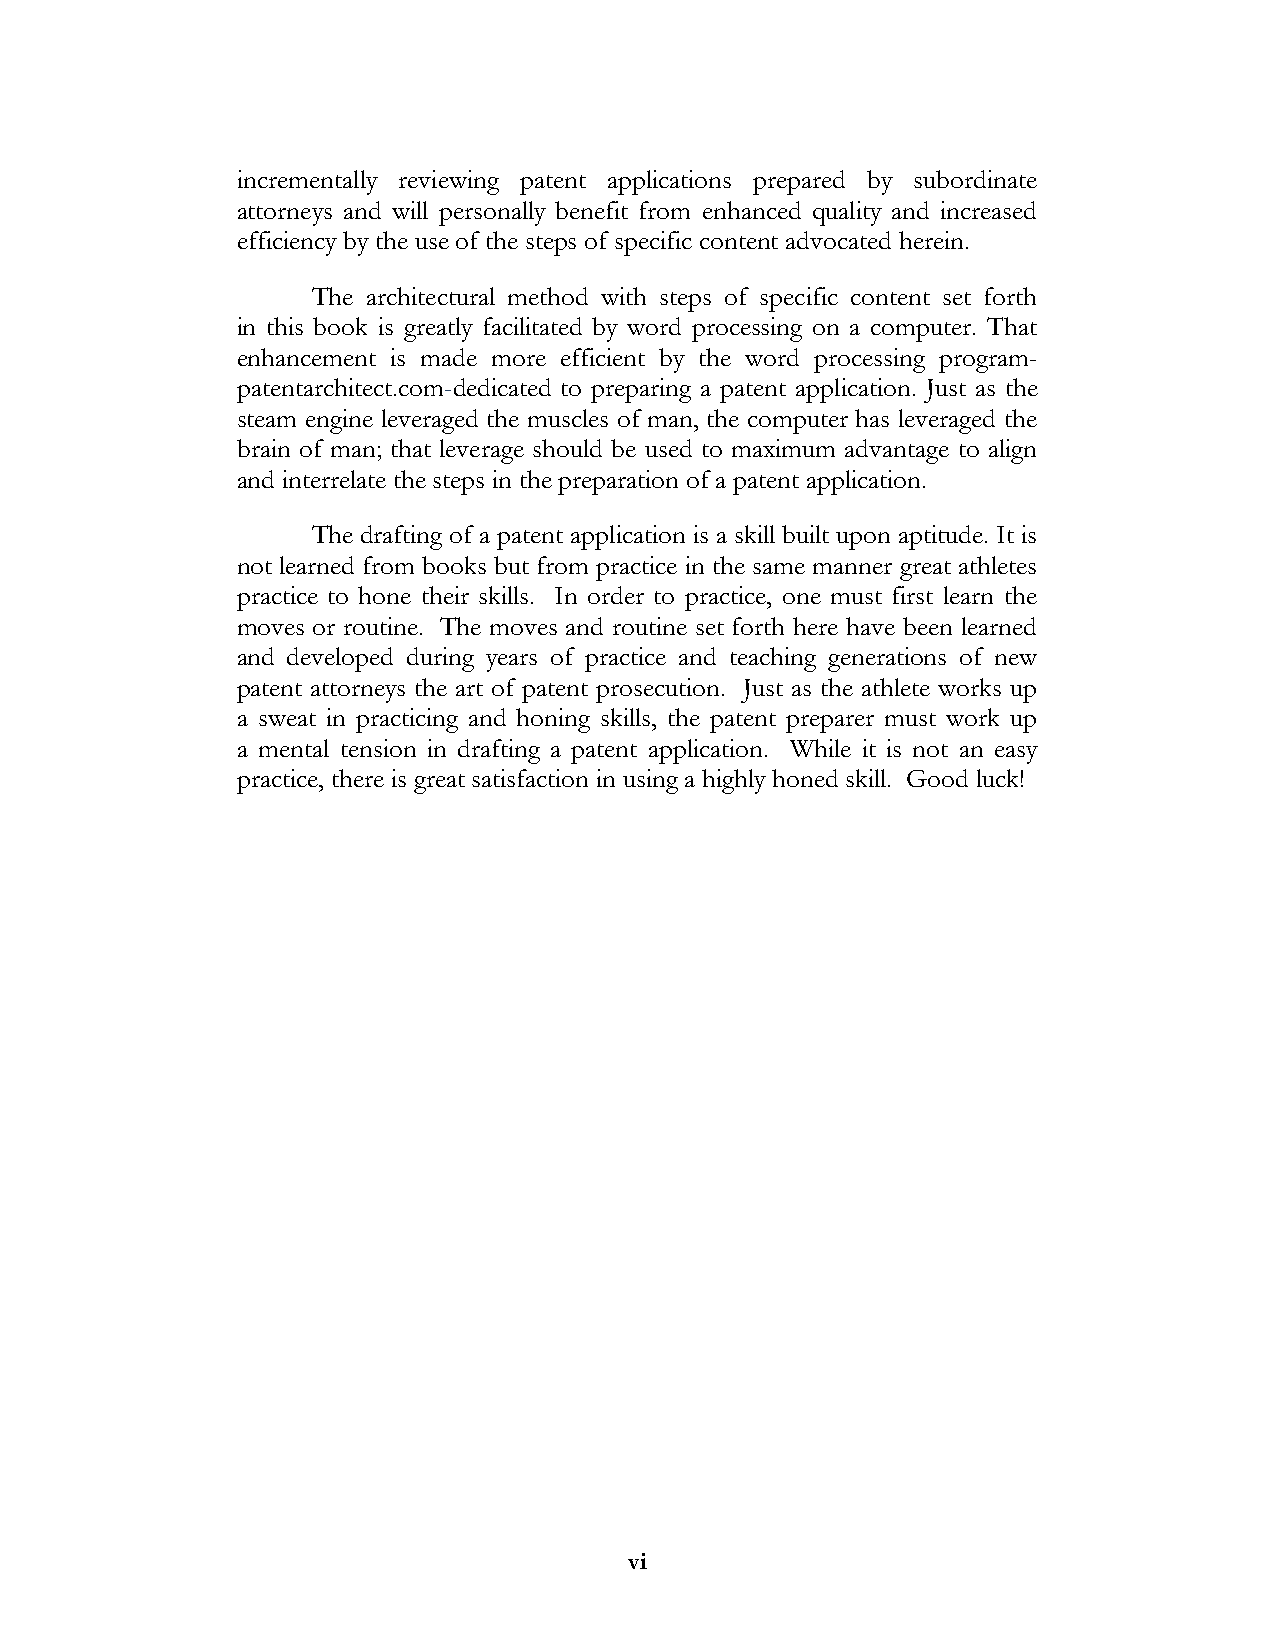
incrementally reviewing patent applications prepared by subordinate
 attorneys and will personally benefit from enhanced quality and increased
 efficiency by the use of the steps of specific content advocated herein.
 The architectural method with steps of specific content set forth
 in this book is greatly facilitated by word processing on a computer. That
 enhancement is made more efficient by the word processing program-
 patentarchitect.com-dedicated to preparing a patent application. Just as the
 steam engine leveraged the muscles of man, the computer has leveraged the
 brain of man; that leverage should be used to maximum advantage to align
 and interrelate the steps in the preparation of a patent application.
 The drafting of a patent application is a skill built upon aptitude. It is
 not learned from books but from practice in the same manner great athletes
 practice to hone their skills. In order to practice, one must first learn the
 moves or routine. The moves and routine set forth here have been learned
 and developed during years of practice and teaching generations of new
 patent attorneys the art of patent prosecution. Just as the athlete works up
 a sweat in practicing and honing skills, the patent preparer must work up
 a mental tension in drafting a patent application. While it is not an easy
 practice, there is great satisfaction in using a highly honed skill. Good luck!
 vi